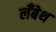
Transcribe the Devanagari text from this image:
लँबेथ